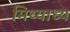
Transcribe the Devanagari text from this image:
मिथ्याध्य